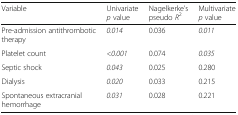
<table><thead><tr><td><b>Variable</b></td><td><b>Univariate <i>p</i> value</b></td><td><b>Nagelkerke’s pseudo <i>R</i><sup>2</sup></b></td><td><b>Multivariate <i>p</i> value</b></td></tr></thead><tbody><tr><td>Pre-admission antithrombotic therapy</td><td><i>0.014</i></td><td>0.036</td><td><i>0.011</i></td></tr><tr><td>Platelet count</td><td><i>&lt;0.001</i></td><td>0.074</td><td><i>0.035</i></td></tr><tr><td>Septic shock</td><td><i>0.043</i></td><td>0.025</td><td>0.280</td></tr><tr><td>Dialysis</td><td><i>0.020</i></td><td>0.033</td><td>0.215</td></tr><tr><td>Spontaneous extracranial hemorrhage</td><td><i>0.031</i></td><td>0.028</td><td>0.221</td></tr></tbody></table>